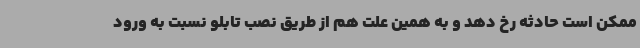
ممکن است حادثه رخ دهد و به همین علت هم از طریق نصب تابلو نسبت به ورود